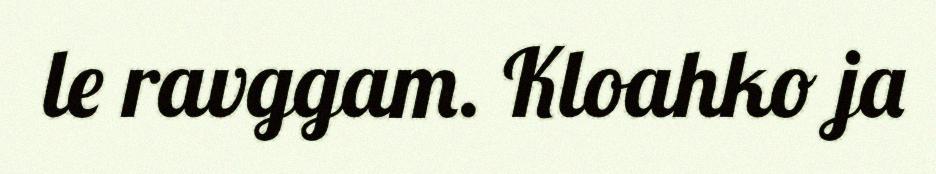
le ravggam. Kloahko ja